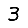
Digit: 3